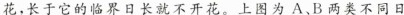
花，长于它的临界日长就不开花。上图为A、B两类不同日